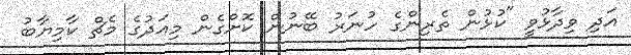
އަދި ވިދާޅުވީ "ކުޅުން ތެރިންގެ ހުނަރު ބޭނުން ކޮށްގެން މިއަދުގެ މެޗް ކާމިޔާބު